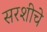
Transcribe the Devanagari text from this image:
सरशीचे